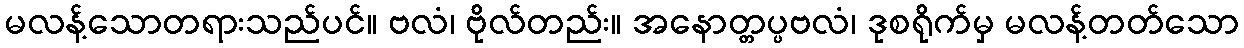
မလန့်သောတရားသည်ပင်။ ဗလံ၊ ဗိုလ်တည်း။ အနောတ္တပ္ပဗလံ၊ ဒုစရိုက်မှ မလန့်တတ်သော